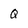
Character: q